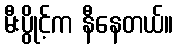
မီးပွိုင့်က နီနေတယ်။